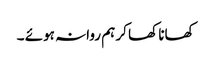
کھانا کھا کر ہم روانہ ہوئے ۔